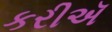
કરીઍ